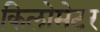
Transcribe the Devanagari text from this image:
किलोमेटर